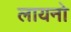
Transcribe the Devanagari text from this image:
लायनो